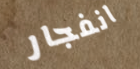
انفجار